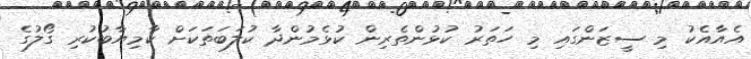
އެއާއެކު މި ސީޒަންގައި މި ހަތަރު ކުޅުންތެރިން ކުޅެމުންދާ ކުލަބަތަކަށް ކާމިޔާބުކުރި ގޯލުގެ